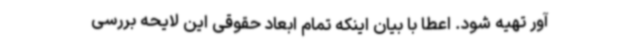
آور تهیه شود. اعطا با بیان اینکه تمام ابعاد حقوقی این لایحه بررسی